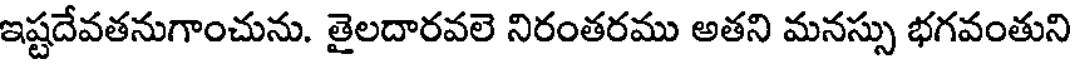
ఇష్టదేవతనుగాంచును. తైలదారవలె నిరంతరము అతని మనస్సు భగవంతుని